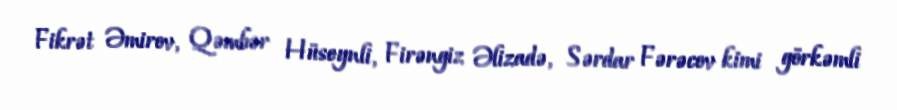
Fikrət Əmirov, Qəmbər Hüseynli, Firəngiz Əlizadə, Sərdar Fərəcov kimi görkəmli